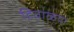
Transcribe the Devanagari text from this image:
हिवाळया